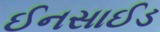
ઈનસાઈડ